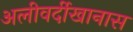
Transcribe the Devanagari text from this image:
अलीवर्दीखानास